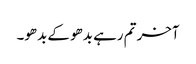
آخر تم رہے بدھو کے بدھو۔